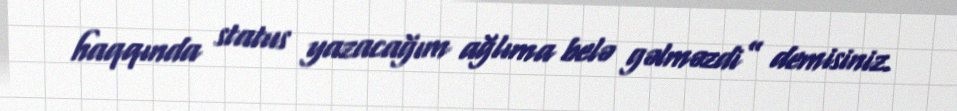
haqqında status yazacağım ağlıma belə gəlməzdi” demisiniz.